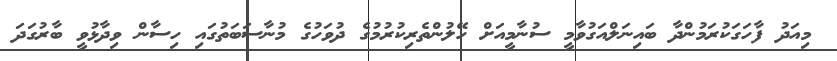
މިއަދު ފާހަގަކުރަމުންދާ ބައިނަލްއަގުވާމީ ސުނާމީއަށް ހޭލުންތެރިކުރުމުގެ ދުވަހުގެ މުނާސަބަތުގައި ހިސާން ވިދާޅުވީ ބާރުގަދަ